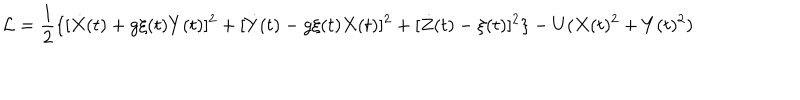
{ \cal L } = \frac { 1 } { 2 } \{ [ \dot { X } ( t ) + g \xi ( t ) Y ( t ) ] ^ { 2 } + [ \dot { Y } ( t ) - g \xi ( t ) X ( t ) ] ^ { 2 } + [ \dot { Z } ( t ) - \xi ( t ) ] ^ { 2 } \} - U ( X ( t ) ^ { 2 } + Y ( t ) ^ { 2 } )